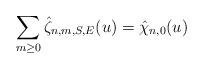
LaTeX: \begin{align*}\sum_{m\ge 0} \hat{\zeta}_{n,m,S,E}(u)=\hat{\chi}_{n,0}(u)\end{align*}